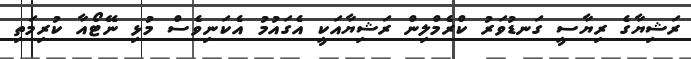
ރަޝިޔާގެ ރިޔާސީ ގަނޑުވަރު ކްރެމްލިންް ރަޝިޔާއަކީ އެގައުމު އެކަނިވެސް މުޅި ނޭޓޯއާ ކުރިމަތި